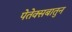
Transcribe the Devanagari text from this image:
पेतेक्सबातुन